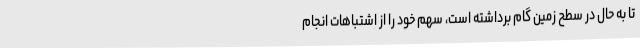
تا به حال در سطح زمین گام برداشته است، سهم خود را از اشتباهات انجام